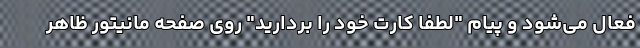
فعال می‌شود و پیام "لطفا کارت خود را بردارید" روی صفحه مانیتور ظاهر